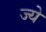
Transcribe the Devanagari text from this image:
ज्ये